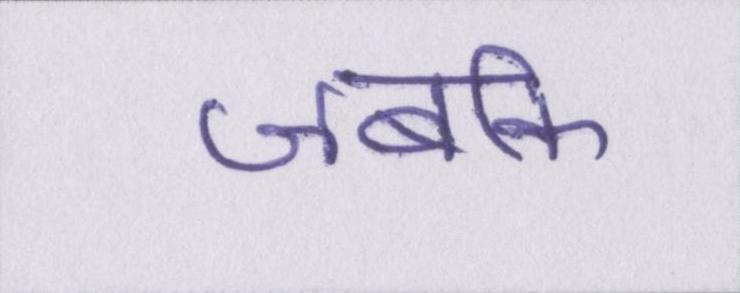
जबकि